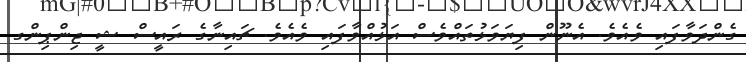
ގެންދަވާފައި ވެއެވެ. އެނޫން ފިޔަވަޅުތައްވެސް އަޅުއްވާފައި ވެއެވެ. ޗައިނާގެ ރައީސް ޝީ ޖިންޕިންގ